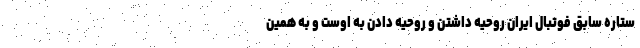
ستاره سابق فوتبال ایران روحیه داشتن و روحیه دادن به اوست و به همین